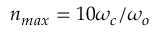
n _ { m a x } = 1 0 \omega _ { c } / \omega _ { o }